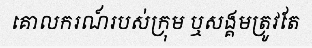
គោលករណ៍របស់ក្រុម ឬសង្គមត្រូវតែ